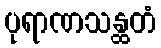
ပုရာဏသန္ထတံ